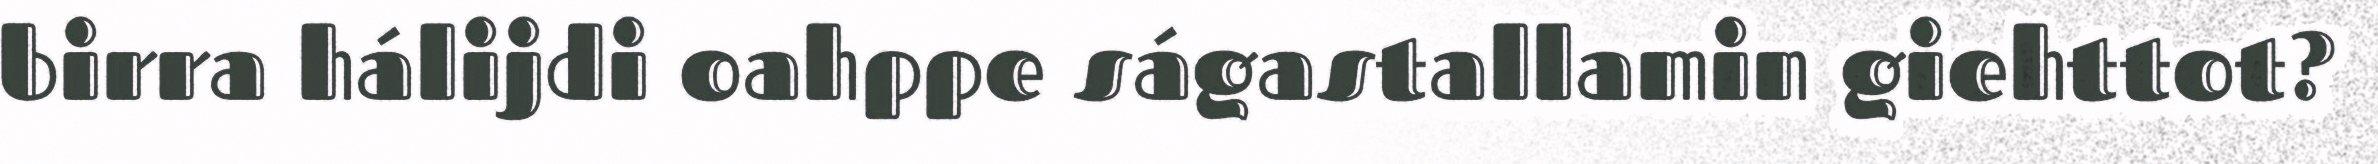
birra hálijdi oahppe ságastallamin giehttot?